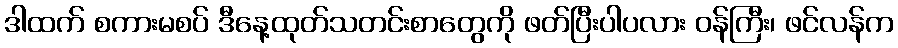
ဒါထက် စကားမစပ် ဒီနေ့ထုတ်သတင်းစာတွေကို ဖတ်ပြီးပါပလား ဝန်ကြီး၊ ဖင်လန်က